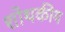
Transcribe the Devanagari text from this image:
शोथकीय